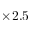
\times 2 . 5